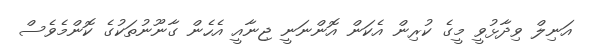
އަނިލް ވިދާޅުވީ މީގެ ކުރިން އެކަން އޮންނަނީ ޖިނާއީ އެހެން ގާނޫނުތަކުގެ ކޮންމެވެސް